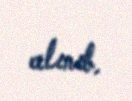
alınıb.